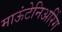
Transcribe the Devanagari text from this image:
माऊंटेनिअरिंग